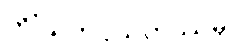
တိံသကပ္ပသဟဿမှိ